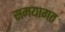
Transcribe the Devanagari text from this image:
समयागत